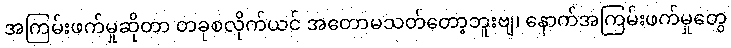
အကြမ်းဖက်မှုဆိုတာ တခုစလိုက်ယင် အတောမသတ်တော့ဘူးဗျ၊ နောက်အကြမ်းဖက်မှုတွေ